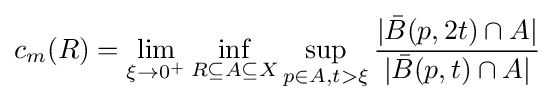
c_{m}(R)=\lim \limits _{\xi \rightarrow 0^{+}}\inf \limits _{R\subseteq A\subseteq X}\sup \limits _{p\in A,t>\xi }{\dfrac {|{\bar {B}}(p,2t)\cap A|}{|{\bar {B}}(p,t)\cap A|}}